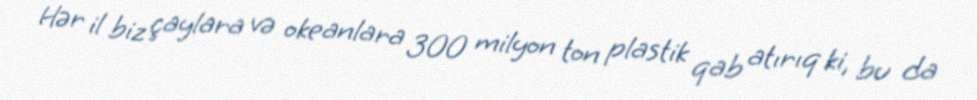
Hər il biz çaylara və okeanlara 300 milyon ton plastik qab atırıq ki, bu da